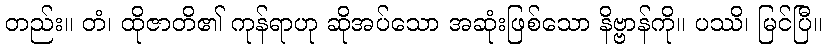
တည်း။ တံ၊ ထိုဇာတိ၏ ကုန်ရာဟု ဆိုအပ်သော အဆုံးဖြစ်သော နိဗ္ဗာန်ကို။ ပဿိ၊ မြင်ပြီ။